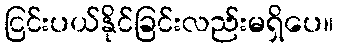
ငြင်းပယ်နိုင်ခြင်းလည်းမရှိပေ။